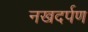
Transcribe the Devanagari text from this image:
नखदर्पण